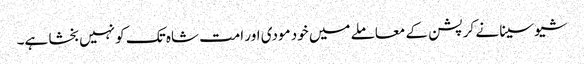
شیو سینا نے کرپشن کے معاملے میں خود مودی اور امت شاہ تک کو نہیں بخشا ہے۔